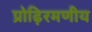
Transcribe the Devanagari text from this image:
प्रोढ़िरमणीय